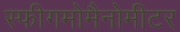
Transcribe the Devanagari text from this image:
स्फीगमोमैनोमीटर